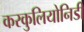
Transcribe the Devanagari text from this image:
करकुलियोनिडी